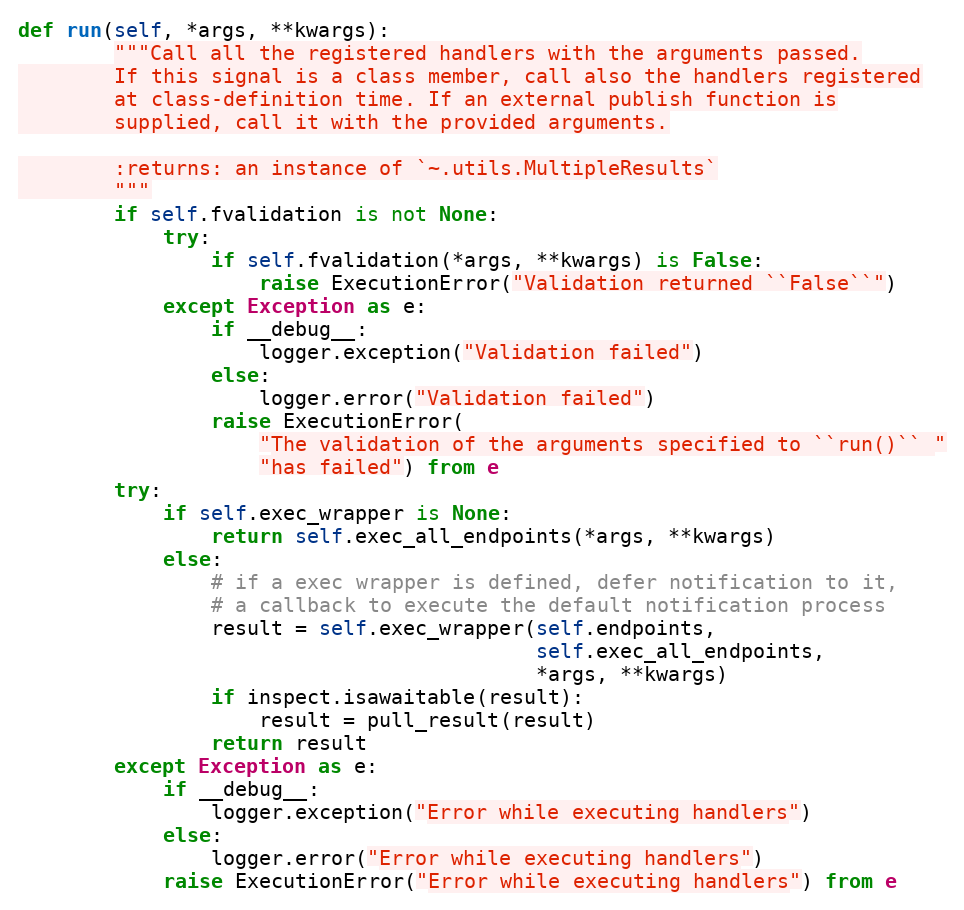
Language: Python
def run(self, *args, **kwargs):
        """Call all the registered handlers with the arguments passed.
        If this signal is a class member, call also the handlers registered
        at class-definition time. If an external publish function is
        supplied, call it with the provided arguments.

        :returns: an instance of `~.utils.MultipleResults`
        """
        if self.fvalidation is not None:
            try:
                if self.fvalidation(*args, **kwargs) is False:
                    raise ExecutionError("Validation returned ``False``")
            except Exception as e:
                if __debug__:
                    logger.exception("Validation failed")
                else:
                    logger.error("Validation failed")
                raise ExecutionError(
                    "The validation of the arguments specified to ``run()`` "
                    "has failed") from e
        try:
            if self.exec_wrapper is None:
                return self.exec_all_endpoints(*args, **kwargs)
            else:
                # if a exec wrapper is defined, defer notification to it,
                # a callback to execute the default notification process
                result = self.exec_wrapper(self.endpoints,
                                           self.exec_all_endpoints,
                                           *args, **kwargs)
                if inspect.isawaitable(result):
                    result = pull_result(result)
                return result
        except Exception as e:
            if __debug__:
                logger.exception("Error while executing handlers")
            else:
                logger.error("Error while executing handlers")
            raise ExecutionError("Error while executing handlers") from e